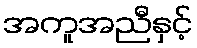
အကူအညီနှင့်